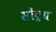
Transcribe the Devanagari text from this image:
सोंद्रय